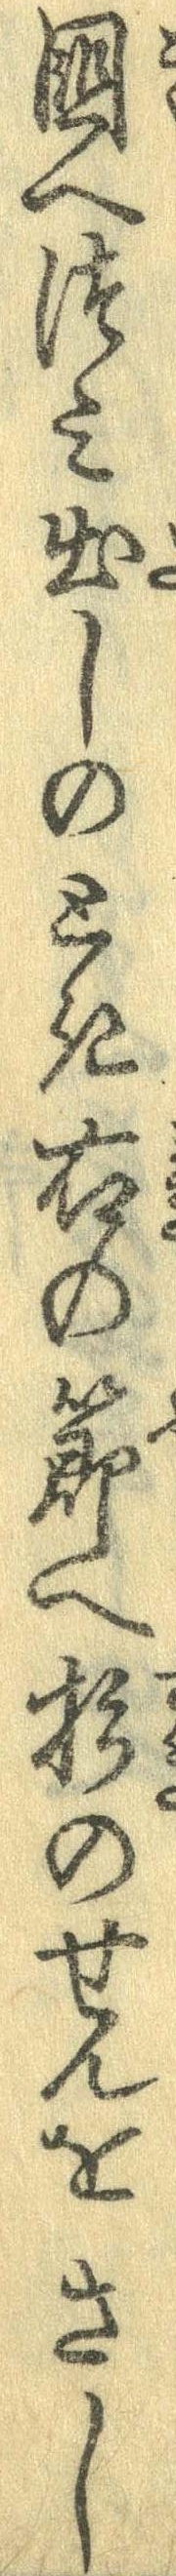
国へつみ出しのとき右の節へ杉のせんをさし